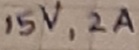
Text: 15V,2A